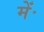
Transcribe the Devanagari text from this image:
मेंॱ